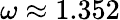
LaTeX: \omega\approx 1.352